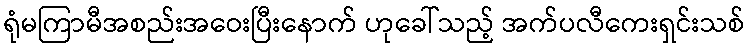
ရုံမကြာမီအစည်းအဝေးပြီးနောက် ဟုခေါ်သည့် အက်ပလီကေးရှင်းသစ်